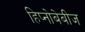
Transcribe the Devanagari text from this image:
हिप्नोबेबीज